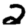
Digit: 2